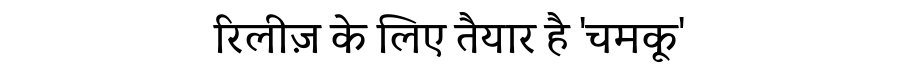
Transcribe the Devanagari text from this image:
रिलीज़ के लिए तैयार है 'चमकू'